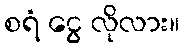
စရံ ငွေ လိုလား။